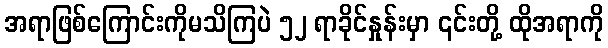
အရာဖြစ်ကြောင်းကိုမသိကြပဲ ၅၂ ရာခိုင်နှုန်းမှာ ၎င်းတို့ ထိုအရာကို